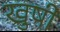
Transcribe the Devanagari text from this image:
खुषी